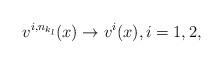
LaTeX: \begin{align*}v^{i,n_{k_l}}(x) \to v^i(x), i=1,2,\end{align*}